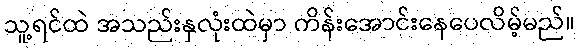
သူ့ရင်ထဲ အသည်းနှလုံးထဲမှာ ကိန်းအောင်းနေပေလိမ့်မည်။